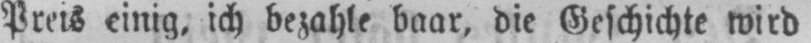
Preis einig, ich bezahle baar, die Geschichte wird